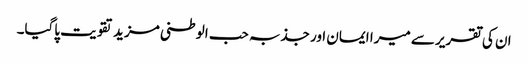
ان کی تقریر سے میرا ایمان اور جذبہ حب الوطنی مزید تقویت پاگیا۔